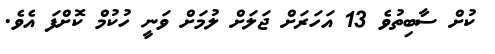
ކުށް ސާބިތުވެ 13 އަހަރަށް ޖަލަށް ލުމަށް ވަނީ ހުކުމް ކޮށްފަ އެވެ.